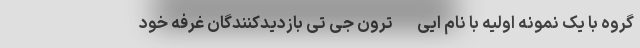
گروه با یک نمونه اولیه با نام ایی-ترون جی تی بازدیدکنندگان غرفه خود